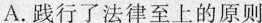
A.践行了法律至上的原则